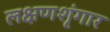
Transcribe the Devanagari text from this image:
लक्षणशृंगार